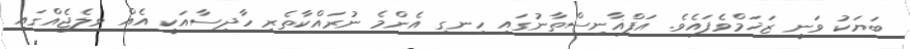
ބަޔަަކު ވަނީ ޒަޚަމްވެފައެވެ. އަފްޣާނިސްތާނުގައި ހިނގި އެންމެ ނުރައްކާތެރި ހާދިސާއަކީ އެއް ވިލެޖެއްގައި